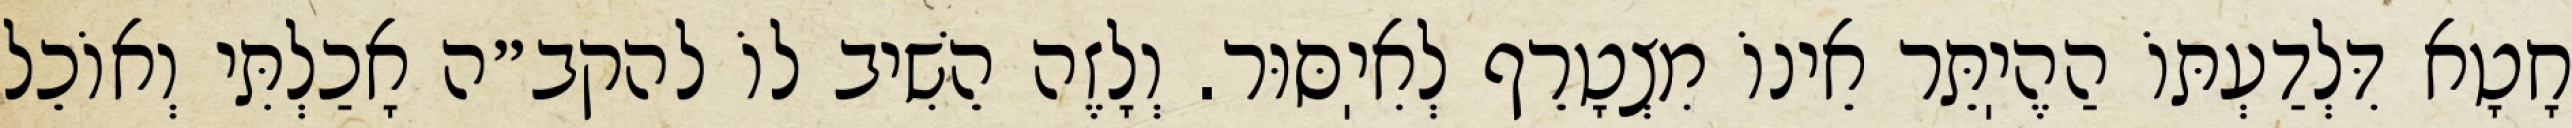
חָטָא דִּלְדַעְתּוֹ הַהֶיֽתֵּר אֵינוֹ מִצְטָרֵף לְאִיֽסּוּר. וְלָזֶה הֵשִׁיב לוֹ להקב״ה אָכַלְתִּי וְאוֹכֵל